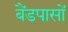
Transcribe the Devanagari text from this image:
बैंडपासों